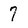
Character: 7